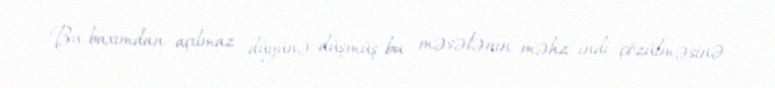
Bu baxımdan açılmaz düyünə düşmüş bu məsələnın məhz indi çözülməsinə